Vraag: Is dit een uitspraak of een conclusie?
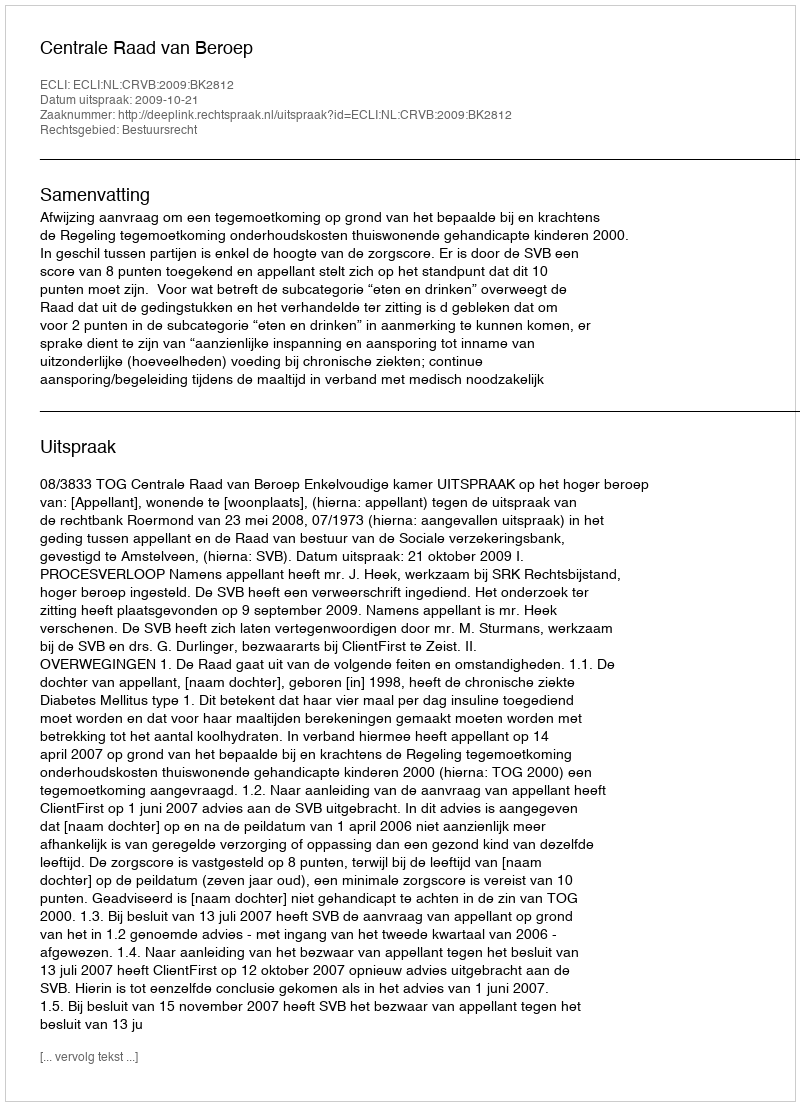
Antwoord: Uitspraak